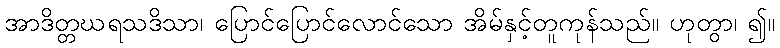
အာဒိတ္တဃရသဒိသာ၊ ပြောင်ပြောင်လောင်သော အိမ်နှင့်တူကုန်သည်။ ဟုတွာ၊ ၍။